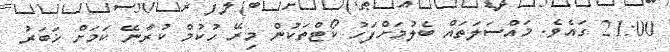
21:00 ގައެވެ. މައްސަލަތައް ބެލުމަށްފަހު ކޯޓްތަކުން މިރޭ ހުކުމް ކުރާނޭ ކަމަށް ޚަބަރު